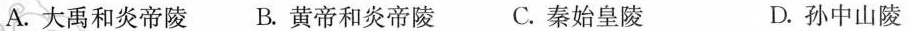
A.大禹和炎帝陵 B.黄帝和炎帝陵 C.秦始皇陵 D.孙中山陵